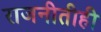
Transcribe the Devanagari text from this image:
राजनीतीही